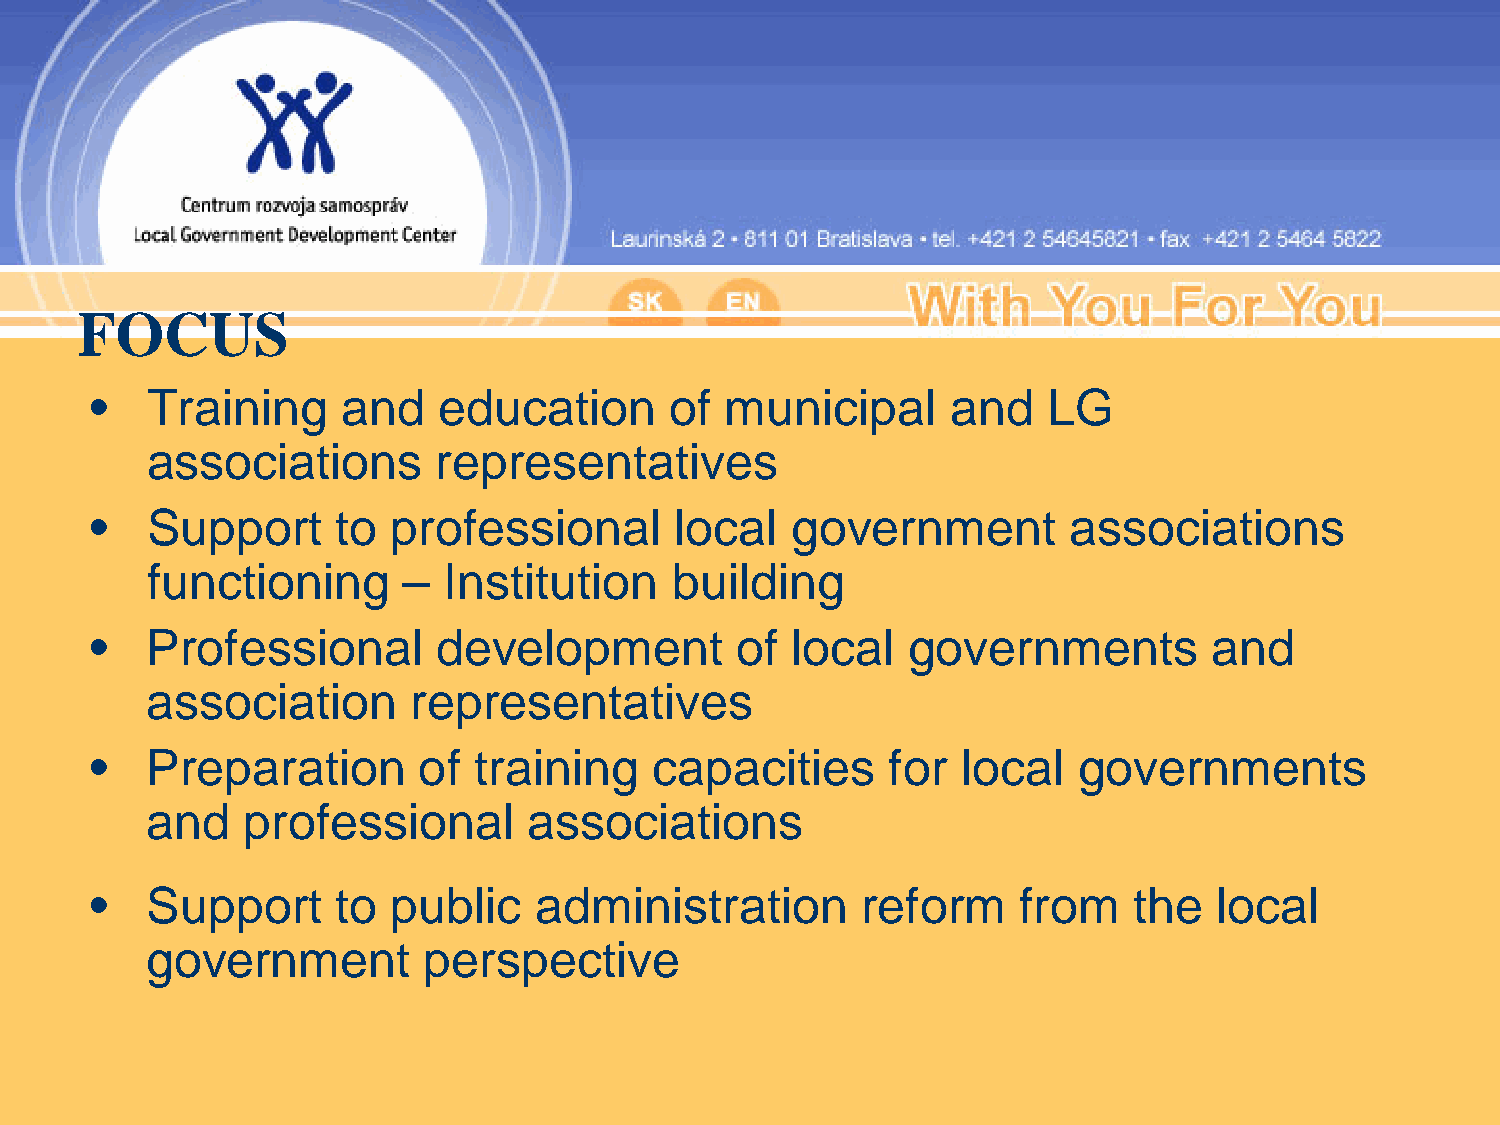
FOCUS
 •   Training     and   education      of  municipal      and   LG
 associations       representatives
 •   Support     to  professional       local  government         associations
 functioning      – Institution    building
 •   Professional       development         of local   governments         and
 association      representatives
 •   Preparation       of training    capacities      for  local  governments
 and   professional       associations
 •   Support     to  public   administration        reform    from    the   local
 government        perspective